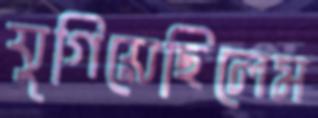
যুগিয়েছিলেম